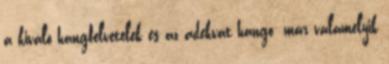
a kiváló hangfelvételek és az adekvát hango- már valamelyik